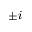
\pm i